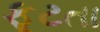
ફૂટતા